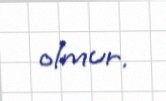
olmur.